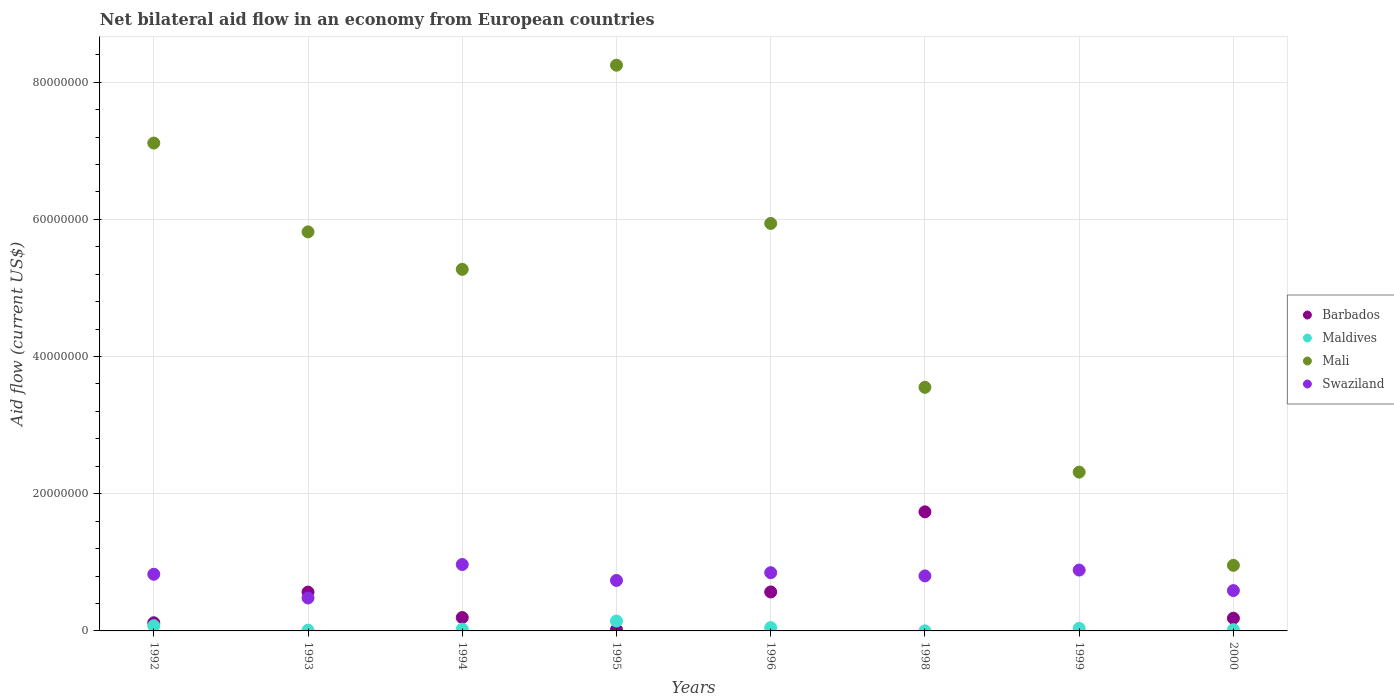
| Years | Barbados | Maldives | Mali | Swaziland |
 | --- | --- | --- | --- | --- |
 | 1992 | 1.19e+06 | 7.6e+05 | 7.11e+07 | 8.26e+06 |
 | 1993 | 5.66e+06 | 1.1e+05 | 5.82e+07 | 4.8e+06 |
 | 1994 | 1.95e+06 | 2.6e+05 | 5.27e+07 | 9.68e+06 |
 | 1995 | 1.8e+05 | 1.44e+06 | 8.25e+07 | 7.36e+06 |
 | 1996 | 5.68e+06 | 4.8e+05 | 5.94e+07 | 8.49e+06 |
 | 1998 | 1.74e+07 | 2e+04 | 3.55e+07 | 8.02e+06 |
 | 1999 | -9.6e+05 | 3.7e+05 | 2.32e+07 | 8.87e+06 |
 | 2000 | 1.85e+06 | 1.8e+05 | 9.56e+06 | 5.88e+06 |